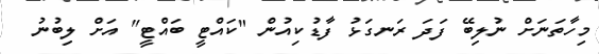
މިހާތަނަށް ނުލިބޭ ފަދަ ރަނގަޅު ފާޑުކިއުން "ކައްޓީ ބައްޓީ" އަށް ލިބުނު